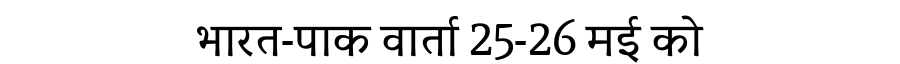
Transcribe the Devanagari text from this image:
भारत-पाक वार्ता 25-26 मई को